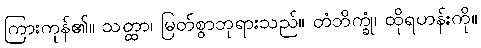
ကြားကုန်၏။ သတ္ထာ၊ မြတ်စွာဘုရားသည်။ တံဘိက္ခုံ၊ ထိုရဟန်းကို။